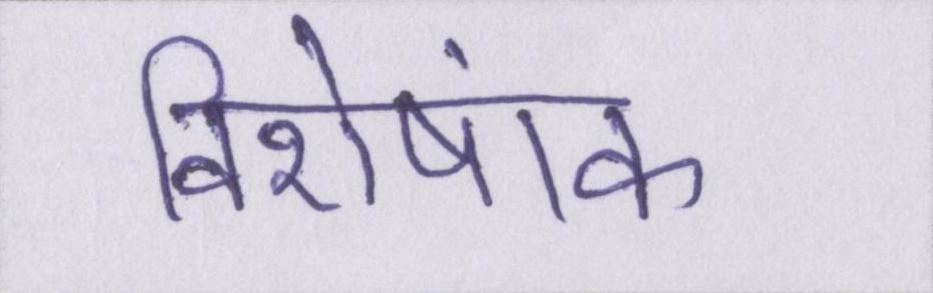
विशेषांक